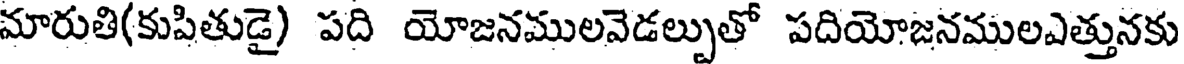
మారుతి(కుపితుడై) పది యోజనములవెడల్పుతో పదియోజనములఎత్తునకు